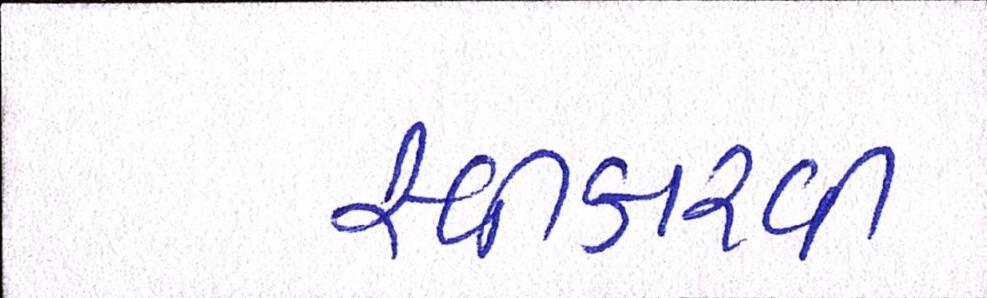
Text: સ્વીકારવી